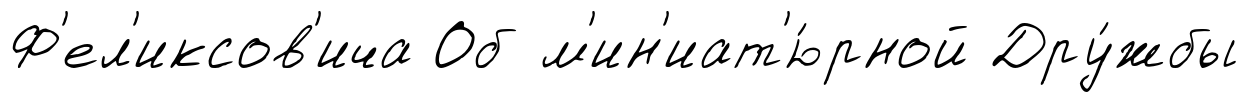
Ф'ел'иксов'ича Об м'ин'иат'ю́рной Дру́жбы